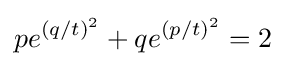
pe^{(q/t)^{2}}+qe^{(p/t)^{2}}=2